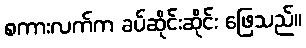
စကားလက်က ခပ်ဆိုင်းဆိုင်း ဖြေသည်။